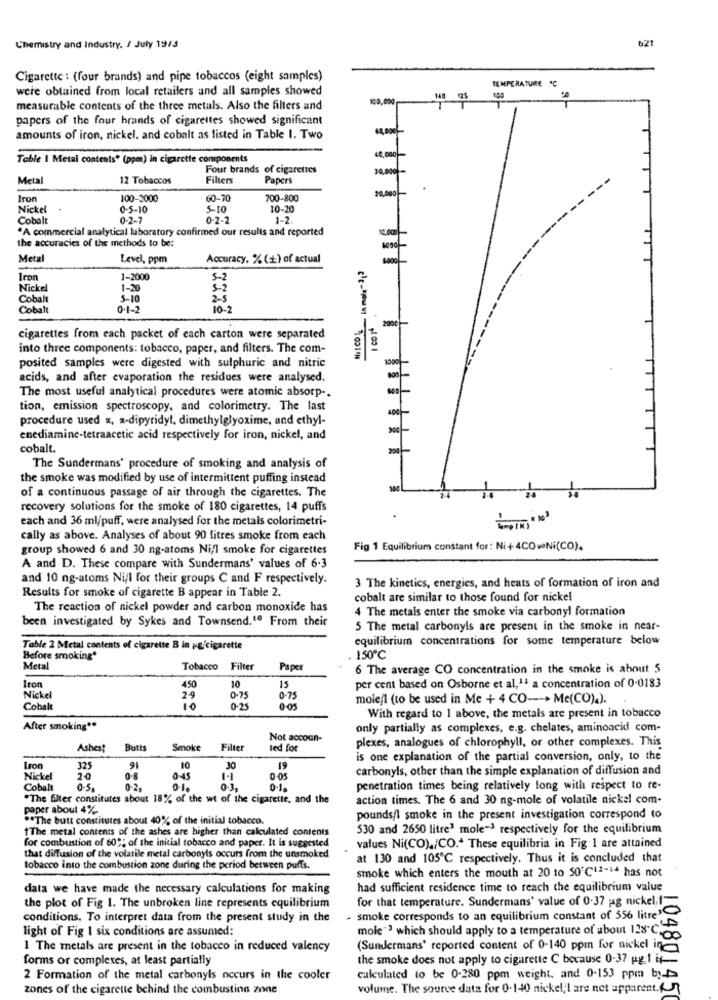
621
Chemistry and Industry. / July 1913
Cigarette : (four brands) and pipe tobaccos (eight samples)
TEMPERATURE "℃
were obtained from local retailers and all samples showed
100,000
140
199
measurable contents of the three metals. Also the filters and
papers of the four brands of cigarettes showed significant
1.8001
amounts of iron, nickel, and cobalt as listed in Table I. Two
Table I Metal contents* (ppm) in cigarette components
Four brands of cigarettes
Metal
12 Tobaccos
Filters
Papers
20,000
Iron
100-2000
60-70
700-800
Nickel
0-5-10
5-10
10-20
Cobalt
0-2-7
0-2-2
1-2.
·A commercial analytical laboratory confirmed our results and reported
the accuracies of the methods to be:
Metal
Level, ppm
Accuracy, % (s) of actual
Iron
1-2000
5-2
Nickel
1-20
5-2
Cobalt
5-10
2-5
Cobalt
0.1-2
10-2
cigarettes from each packet of each carton were separated
into three components: tobacco, paper, and filters. The com-
posited samples were digested with sulphuric and nitric
acids, and after evaporation the residues were analysed.
The most useful analytical procedures were atomic absorp -.
tion, emission spectroscopy, and colorimetry. The last
procedure used x, a-dipyridyt, dimethylglyoxime, and ethyl-
enediamine-tetraacetic acid respectively for iron, nickel, and
cobalt.
The Sundermans' procedure of smoking and analysis of
the smoke was modified by use of intermittent puffing instead
of a continuous passage of air through the cigarettes. The
recovery solutions for the smoke of 180 cigarettes, 14 puffs
each and 36 ml/puff, were analysed for the metals colorimetri-
cally as above. Analyses of about 90 litres smoke from each
group showed 6 and 30 ng-atoms Ni,l smoke for cigarettes
Fig 1 Equilibrium constant for: Ni+4CO-Ni(CO).
A and D. These compare with Sundermans' values of 6.3
and 10 ng-atoms Ni/l for their groups C and F respectively.
Results for smoke of cigarette B appear in Table 2.
3 The kinetics, energies, and heats of formation of iron and
cobalt are similar to those found for nickel
The reaction of nickel powder and carbon monoxide has
4 The metals enter the smoke via carbonyl formation
been investigated by Sykes and Townsend.1ª From their
5 The metal carbonyls are present in the smoke in near-
equilibrium concentrations for some temperature below
Table 2 Metal contents of cigarette B in pg/cigarette
Before smoking"
150℃
Metal
Tobacco
Filter
Paper
6 The average CO concentration in the smoke is about 5
10
15
Iron
450
0.75
per cent based on Osborne et al,11 a concentration of 0-0183
Nickel
2-9
0-75
mole/1 (to be used in Me + 4 CO-+ Me(CO).).
Cobalt
0-25
0:05
With regard to 1 above, the metals are present in tobacco
After smoking **
only partially as complexes, e.g. chelates, aminoacid com-
Not accoun-
plexes, analogues of chlorophyll, or other complexes. This
Ashest
Butts
Smoke
Filter
ted for
is one explanation of the partial conversion, only, to the
Iron
325
91
10
30
19
carbonyls, other than the simple explanation of diffusion and
Nickel
2.0
0-8
0-45
0-05
Cobalt
0-5.
0-2.
0-1.
0.3.
0-1.
penetration times being relatively long with respect to re-
.The filter constitutes about 18% of the wt of the cigarette, and the
action times. The 6 and 30 ng-mole of volatile nickel com-
paper about 4%.
.* The butt constitutes about 40% of the initial tobacco.
pounds/l smoke in the present investigation correspond to
" The metal contents of the ashes are higher than calculated contents
530 and 2650 litre' mole-3 respectively for the equilibrium
for combustion of 60"; of the initial tobacco and paper. It is suggested
values Ni(CO)./CO .* These equilibria in Fig 1 are attained
that diffusion of the volatile metal carbonyts occurs from the unsmoked
at 130 and 105℃ respectively. Thus it is concluded that
tobacco into the combustion zone during the period between puffs.
smoke which enters the mouth at 20 to 50℃12-14 has not
data we have made the necessary calculations for making
had sufficient residence time to reach the equilibrium value
for that temperature. Sundermans' value of 0.37 ug nickel, I=
the plot of Fig 1. The unbroken line represents equilibrium
conditions. To interpret data from the present study in the
smoke corresponds to an equilibrium constant of 556 litre'
light of Fig I six conditions are assumed:
mole"3 which should apply to a temperature of about 128.C.
1 The metals are present in the tobacco in reduced valency
(Sundermans' reported content of 0.140 ppm for nickel in
forms or complexes, at least partially
the smoke does not apply to cigarette C because 0-37 g.1 is-
2 Formation of the metal carbonyls occurs in the cooler
calculated to be 0-280 ppm weight, and 0-153 ppm by->>
zones of the cigarette behind the combustion zone
volume. The source data for 0.140 nickel; I are not apparent.A